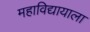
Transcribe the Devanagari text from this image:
महाविद्यायाला